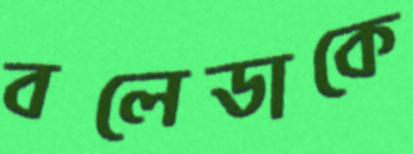
বলেডাকে